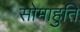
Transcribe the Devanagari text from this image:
सोमाहुति